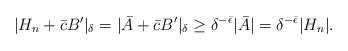
LaTeX: \begin{align*} |H_{n} + \bar{c}B'|_{\delta} = |\bar{A} + \bar{c}B'|_{\delta} \geq \delta^{-\bar{\epsilon}}|\bar{A}| = \delta^{-\bar{\epsilon}}|H_{n}|. \end{align*}